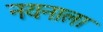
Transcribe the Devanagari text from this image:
नयनाला